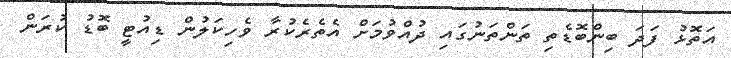
އަތޮޅު ފަދަ ބިންބޮޑެތި ތަންތަނުގައި ދުއްވުމަށް އެތެރެކުރާ ވެހިކަލުން ޑިއުޓީ ބޮޑު ކުރަން